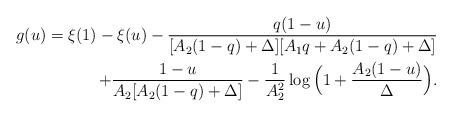
LaTeX: \begin{align*}g(u) = \xi(1)-\xi(u)-\frac{q(1-u)}{[A_2(1-q)+\Delta][A_1q+A_2(1-q)+\Delta]}\\+\frac{1-u}{A_2[A_2(1-q)+\Delta]}-\frac1{A_2^2}\log\Big(1+\frac{A_2(1-u)} {\Delta}\Big).\end{align*}